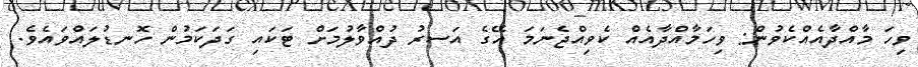
ވިހަ މާއްދާއެއްކެވުން: ވިހަމާއްދާއެއް ކެވިއްޖެނަމަ އޭގެ އަސރު ދުއްވާލުމަށް ޓަކައި ގަދަކަމުން ހޮނޑުލައްވައެވެ.